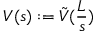
V ( s ) : = \tilde { V } ( \frac { L } { s } )